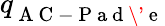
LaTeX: q_{\mathrm{~A~C~-~P~a~d~\' ~e~}}^{}